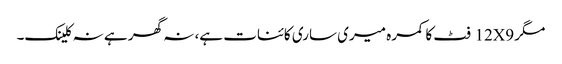
مگر 12X9 فٹ کا کمرہ میری ساری کائنات ہے، نہ گھر ہے نہ کلینک۔